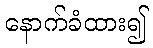
နောက်ခံထား၍